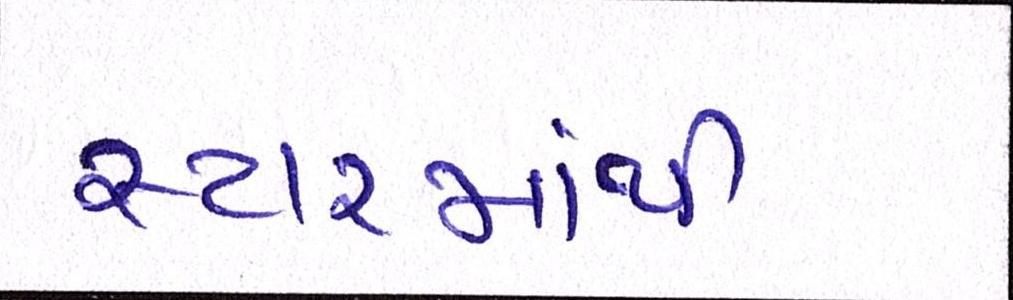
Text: સ્ટારમાંથી